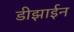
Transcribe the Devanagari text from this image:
डीझाईन